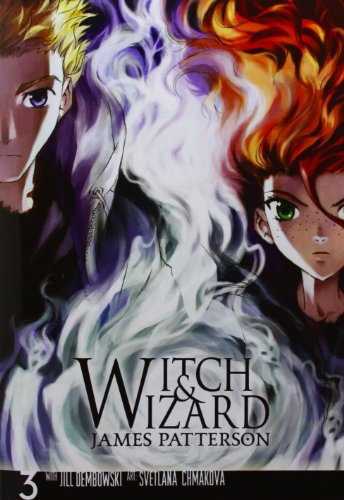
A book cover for Witch & Wizard: The Manga, Vol. 3; James Patterson; Comics & Graphic Novels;